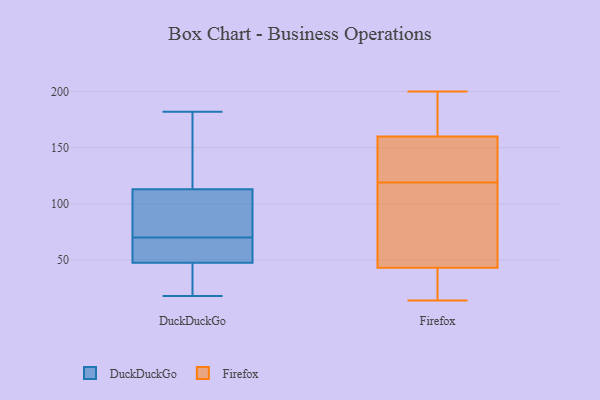
{"axis": {"x": "Budget (USD K)", "y": "Value"}, "legend": ["DuckDuckGo", "Firefox"], "data": [{"x": "", "y": 134, "type": "DuckDuckGo"}, {"x": "", "y": 53, "type": "DuckDuckGo"}, {"x": "", "y": 70, "type": "DuckDuckGo"}, {"x": "", "y": 18, "type": "DuckDuckGo"}, {"x": "", "y": 46, "type": "DuckDuckGo"}, {"x": "", "y": 40, "type": "DuckDuckGo"}, {"x": "", "y": 86, "type": "DuckDuckGo"}, {"x": "", "y": 76, "type": "DuckDuckGo"}, {"x": "", "y": 51, "type": "DuckDuckGo"}, {"x": "", "y": 106, "type": "DuckDuckGo"}, {"x": "", "y": 48, "type": "DuckDuckGo"}, {"x": "", "y": 182, "type": "DuckDuckGo"}, {"x": "", "y": 136, "type": "DuckDuckGo"}, {"x": "", "y": 134, "type": "Firefox"}, {"x": "", "y": 42, "type": "Firefox"}, {"x": "", "y": 164, "type": "Firefox"}, {"x": "", "y": 156, "type": "Firefox"}, {"x": "", "y": 33, "type": "Firefox"}, {"x": "", "y": 129, "type": "Firefox"}, {"x": "", "y": 109, "type": "Firefox"}, {"x": "", "y": 53, "type": "Firefox"}, {"x": "", "y": 14, "type": "Firefox"}, {"x": "", "y": 200, "type": "Firefox"}, {"x": "", "y": 44, "type": "Firefox"}, {"x": "", "y": 167, "type": "Firefox"}]}